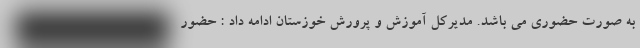
به صورت حضوری می باشد. مدیرکل آموزش و پرورش خوزستان ادامه داد : حضور